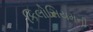
કિલોસિયમની